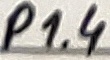
Text: P1.4